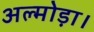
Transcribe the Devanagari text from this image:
अल्मोड़ा।